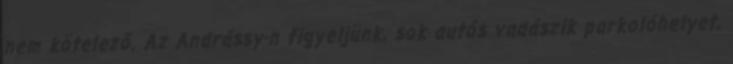
nem kötelező. Az Andrássy-n figyeljünk, sok autós vadászik parkolóhelyet,